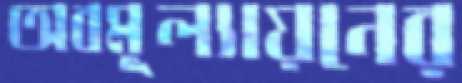
অবমূল্যায়নের